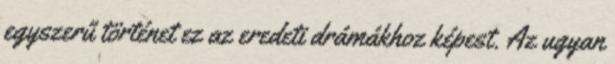
egyszerű történet ez az eredeti drámákhoz képest. Az ugyan